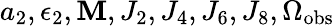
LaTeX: a_{2},\epsilon_{2},\mathbf{M},J_{2},J_{4},J_{6},J_{8},\Omega_{\mathrm{{obs}}}